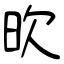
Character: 欥